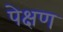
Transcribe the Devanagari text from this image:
पेक्षण